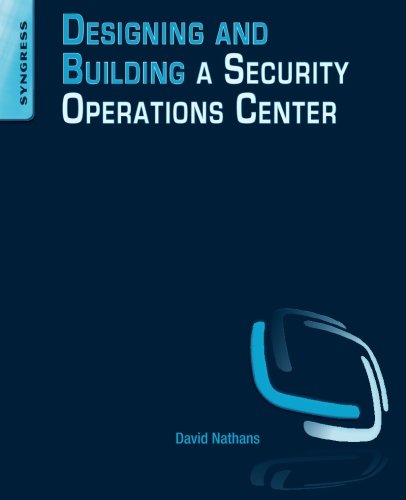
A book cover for Designing and Building Security Operations Center; David Nathans; Computers & Technology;